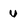
Character: u